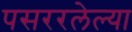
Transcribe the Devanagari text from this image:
पसररलेल्या